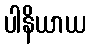
ပါနိယာယ